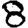
Digit: 8